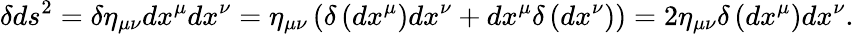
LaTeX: \delta ds^{2}=\delta\eta_{\mu\nu}dx^{\mu}dx^{\nu}=\eta_{\mu\nu}\left(\delta\left(dx^{\mu}\right)dx^{\nu}+dx^{\mu}\delta\left(dx^{\nu}\right)\right)=2\eta_{\mu\nu}\delta\left(dx^{\mu}\right)dx^{\nu}.